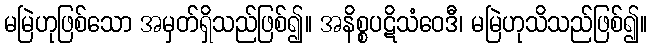
မမြဲဟုဖြစ်သော အမှတ်ရှိသည်ဖြစ်၍။ အနိစ္စပဋိသံဝေဒီ၊ မမြဲဟုသိသည်ဖြစ်၍။